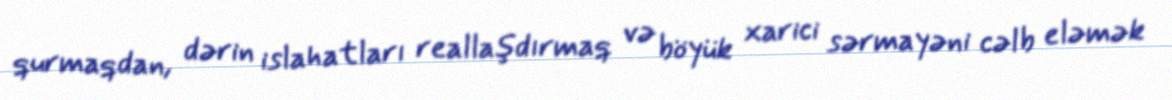
qurmaqdan, dərin islahatları reallaşdırmaq və böyük xarici sərmayəni cəlb eləmək